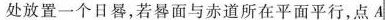
处放置一个日晷，若晷面与赤道所在平面平行，点A